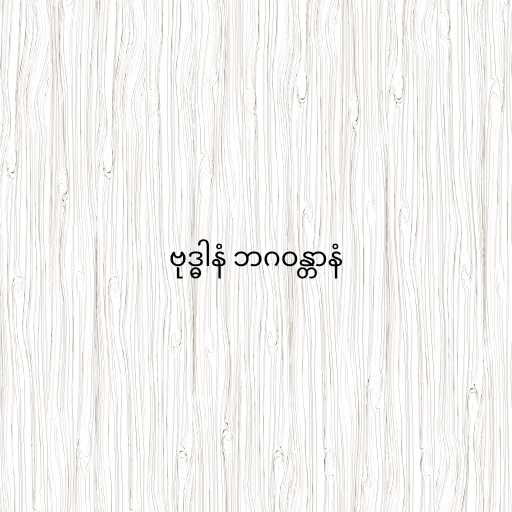
ဗုဒ္ဓါနံ ဘဂဝန္တာနံ